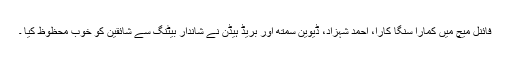
فائنل میچ میں کمارا سنگا کارا، احمد شہزاد، ڈیوین سمتھ اور بریڈ ہیڈن نے شاندار بیٹنگ سے شائقین کو خوب محظوظ کیا ۔